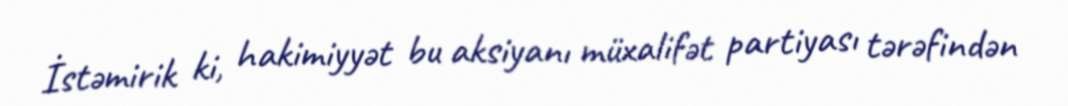
İstəmirik ki, hakimiyyət bu aksiyanı müxalifət partiyası tərəfindən